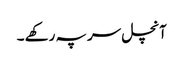
آنچل سر پہ رکھے ۔